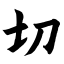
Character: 切